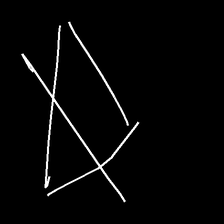
Glyph: empower